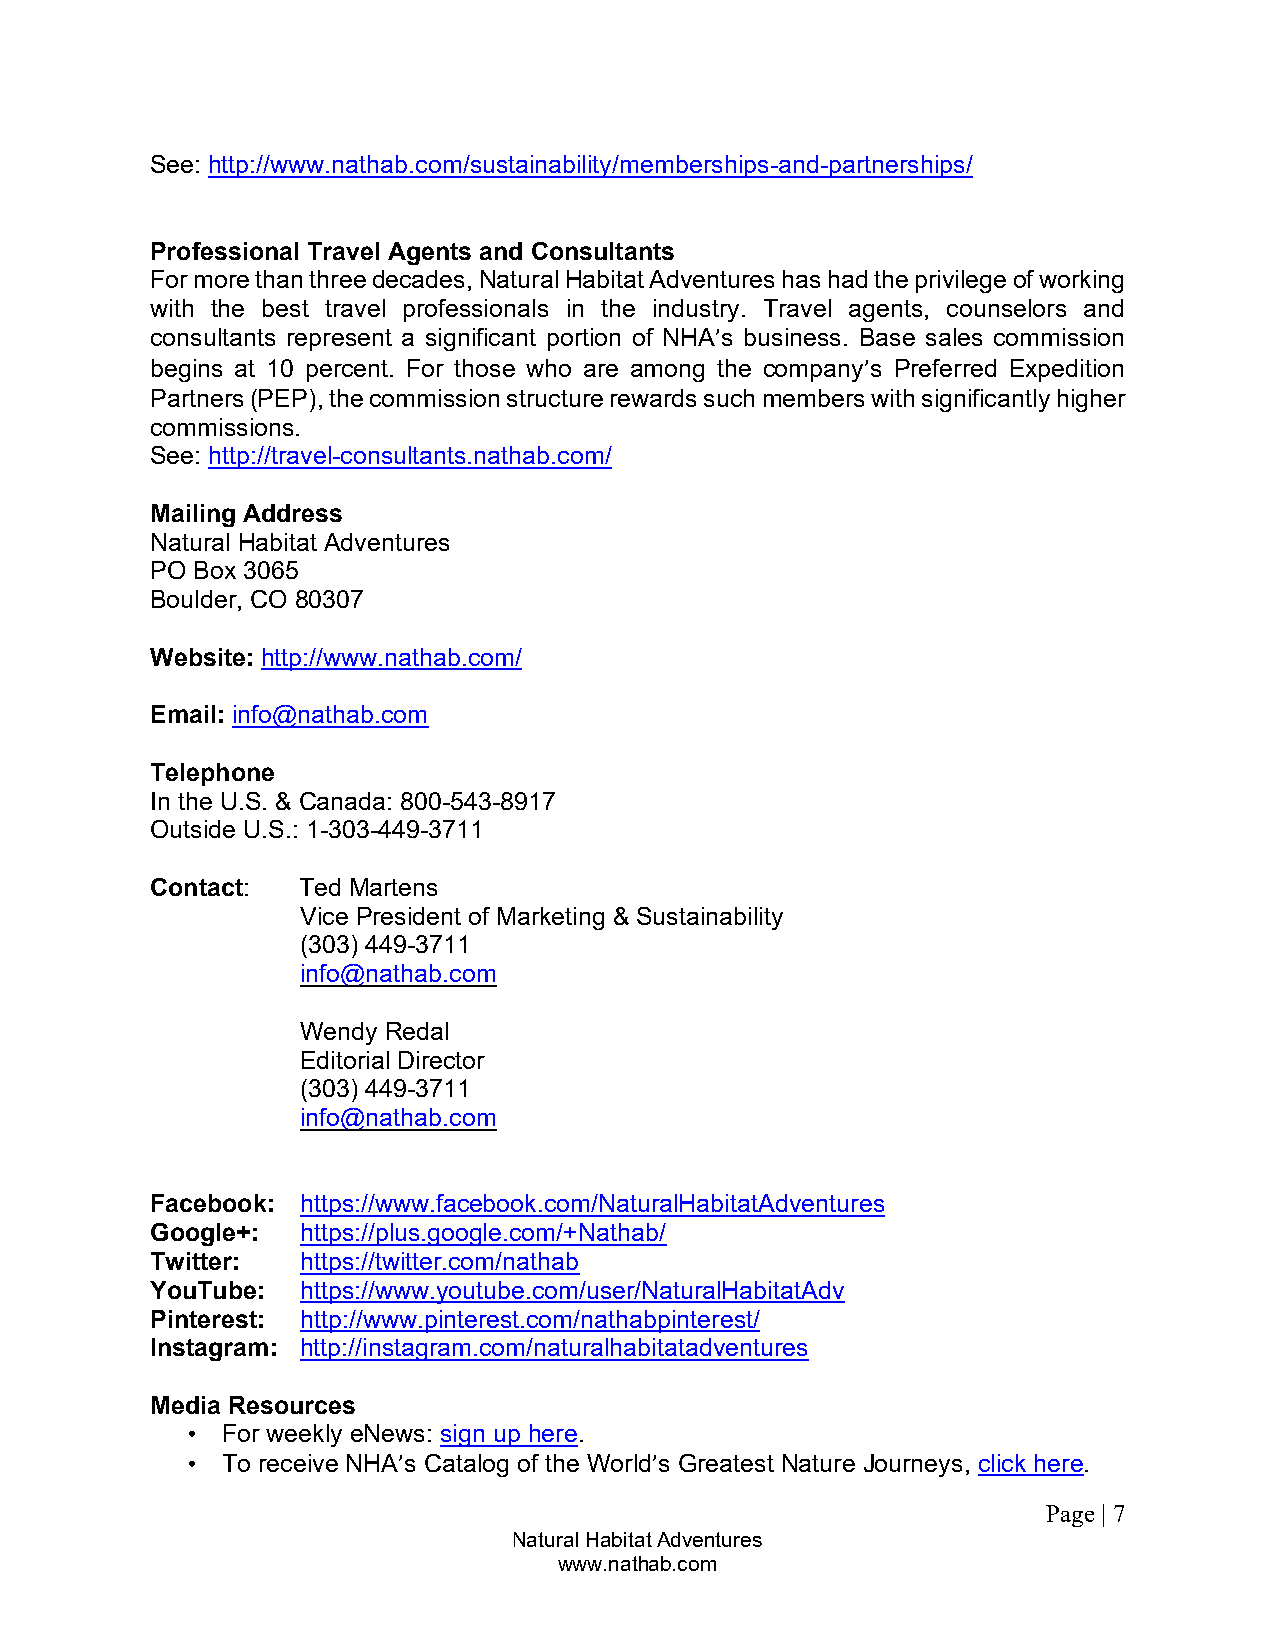
See: http://www.nathab.com/sustainability/memberships-and-partnerships/
 Professional Travel Agents and Consultants
 For more than three decades, Natural Habitat Adventures has had the privilege of working
 with the best travel professionals in the industry. Travel agents, counselors and
 consultants represent a significant portion of NHA’s business. Base sales commission
 begins at 10 percent. For those who are among the company’s Preferred Expedition
 Partners (PEP), the commission structure rewards such members with significantly higher
 commissions.
 See: http://travel-consultants.nathab.com/
 Mailing Address
 Natural Habitat Adventures
 PO Box 3065
 Boulder, CO 80307
 Website: http://www.nathab.com/
 Email: info@nathab.com
 Telephone
 In the U.S. & Canada: 800-543-8917
 Outside U.S.: 1-303-449-3711
 Contact:  Ted Martens
 Vice President of Marketing & Sustainability
 (303) 449-3711
 info@nathab.com
 Wendy Redal
 Editorial Director
 (303) 449-3711
 info@nathab.com
 Facebook: https://www.facebook.com/NaturalHabitatAdventures
 Google+:  https://plus.google.com/+Nathab/
 Twitter:  https://twitter.com/nathab
 YouTube:  https://www.youtube.com/user/NaturalHabitatAdv
 Pinterest: http://www.pinterest.com/nathabpinterest/
 Instagram: http://instagram.com/naturalhabitatadventures
 Media Resources
 •  For weekly eNews: sign up here.
 •  To receive NHA’s Catalog of the World’s Greatest Nature Journeys, click here.
 Page | 7
 Natural Habitat Adventures
 www.nathab.com